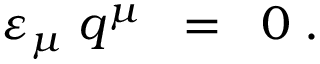
\varepsilon _ { \mu } \; q ^ { \mu } \; \; = \; \; 0 \; .